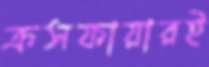
ক্রসফায়ারই